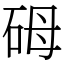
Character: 砪